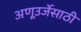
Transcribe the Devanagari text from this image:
अणूउर्जेसाठी